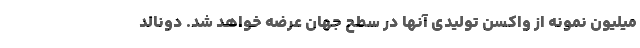
میلیون نمونه از واکسن تولیدی آنها در سطح جهان عرضه خواهد شد. دونالد